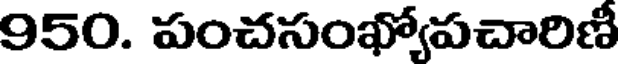
950. పంచసంఖ్యోపచారిణీ